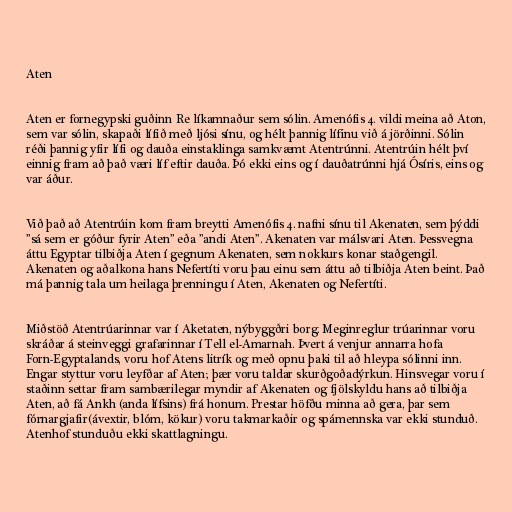
Aten

Aten er fornegypski guðinn Re líkamnaður sem sólin. Amenófis 4. vildi meina að Aton,
sem var sólin, skapaði lífið með ljósi sínu, og hélt þannig lífinu við á jörðinni. Sólin
réði þannig yfir lífi og dauða einstaklinga samkvæmt Atentrúnni. Atentrúin hélt því
einnig fram að það væri líf eftir dauða. Þó ekki eins og í dauðatrúnni hjá Ósíris, eins og
var áður.

Við það að Atentrúin kom fram breytti Amenófis 4. nafni sínu til Akenaten, sem þýddi
”sá sem er góður fyrir Aten” eða ”andi Aten”. Akenaten var málsvari Aten. Þessvegna
áttu Egyptar tilbiðja Aten í gegnum Akenaten, sem nokkurs konar staðgengil.
Akenaten og aðalkona hans Nefertíti voru þau einu sem áttu að tilbiðja Aten beint. Það
má þannig tala um heilaga þrenningu í Aten, Akenaten og Nefertíti.

Miðstöð Atentrúarinnar var í Aketaten, nýbyggðri borg. Meginreglur trúarinnar voru
skráðar á steinveggi grafarinnar í Tell el-Amarnah. Þvert á venjur annarra hofa
Forn-Egyptalands, voru hof Atens litrík og með opnu þaki til að hleypa sólinni inn.
Engar styttur voru leyfðar af Aten; þær voru taldar skurðgoðadýrkun. Hinsvegar voru í
staðinn settar fram sambærilegar myndir af Akenaten og fjölskyldu hans að tilbiðja
Aten, að fá Ankh (anda lífsins) frá honum. Prestar höfðu minna að gera, þar sem
fórnargjafir(ávextir, blóm, kökur) voru takmarkaðir og spámennska var ekki stunduð.
Atenhof stunduðu ekki skattlagningu.